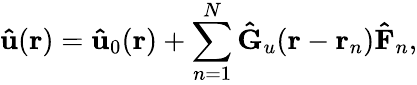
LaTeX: \mathbf{\hat{u}}(\mathbf{r})=\mathbf{\hat{u}}_{0}(\mathbf{r})+\sum_{n=1}^{N}\mathbf{\hat{G}}_{u}(\mathbf{r}-\mathbf{r}_{n})\mathbf{\hat{F}}_{n},